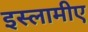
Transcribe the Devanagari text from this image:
इस्लामीए